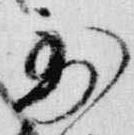
到